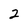
Character: 2